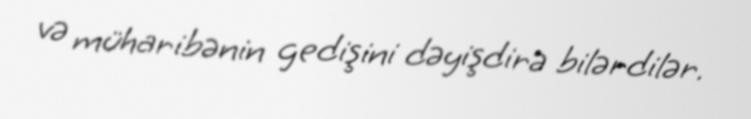
və müharibənin gedişini dəyişdirə bilərdilər.